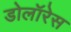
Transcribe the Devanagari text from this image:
डोलॉरेस